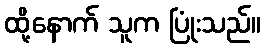
ထို့နောက် သူက ပြုံးသည်။